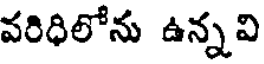
వరిధిలోను ఉన్నవి